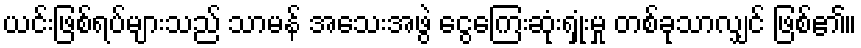
ယင်းဖြစ်ရပ်များသည် သာမန် အသေးအဖွဲ ငွေကြေးဆုံးရှုံးမှု တစ်ခုသာလျှင် ဖြစ်၏။